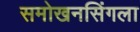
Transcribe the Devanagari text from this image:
समोखनसिंगला